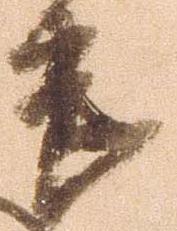
畏